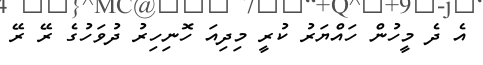
އެ ދެ މީހުން ހައްޔަރު ކުރީ މިދިއަ ހޮނިހިރު ދުވަހުގެ ރޭ ރޭ